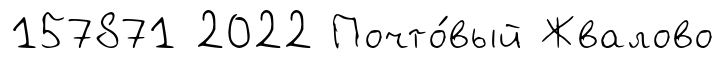
157871 2022 Почто́вый Жвалово